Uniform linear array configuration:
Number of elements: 8
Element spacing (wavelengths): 0.25
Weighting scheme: exponential
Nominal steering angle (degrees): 15
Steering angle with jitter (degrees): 15.659
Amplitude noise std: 0.05
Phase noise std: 0.05

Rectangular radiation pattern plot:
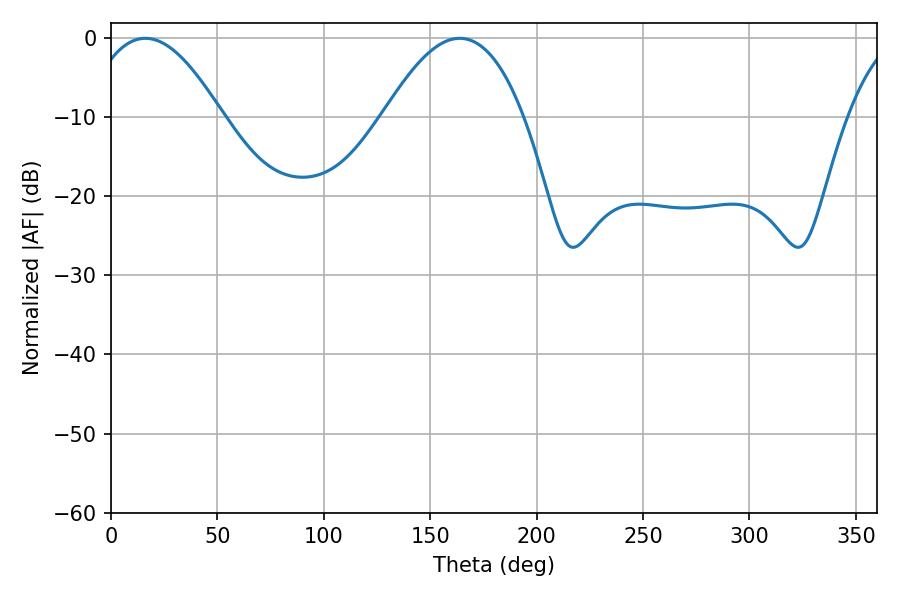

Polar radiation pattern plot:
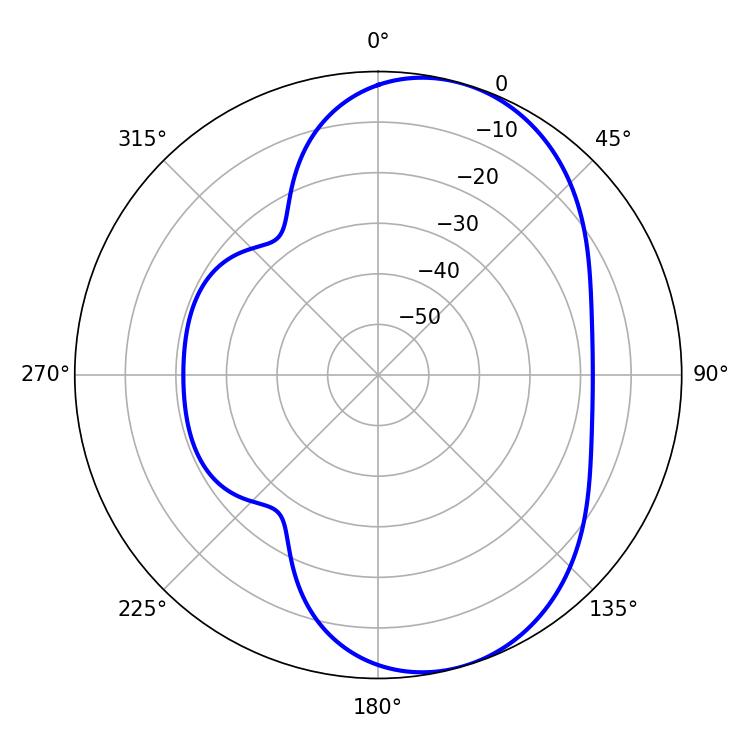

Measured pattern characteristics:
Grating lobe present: FALSE
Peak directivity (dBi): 6.766
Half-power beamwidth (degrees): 35.1
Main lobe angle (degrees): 16.2